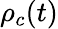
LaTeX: \rho_{c}(t)